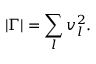
| \Gamma | = \sum _ { l } v _ { l } ^ { 2 } .